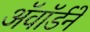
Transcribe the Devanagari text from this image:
अॅवॉर्डने